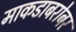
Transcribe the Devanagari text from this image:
माकडाबरोबर